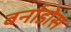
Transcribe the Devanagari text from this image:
बर्नाडोस